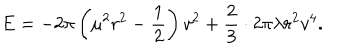
LaTeX: E = - 2 \pi \left( \mu ^ { 2 } r ^ { 2 } - \frac { 1 } { 2 } \right) v ^ { 2 } + \frac { 2 } { 3 } \cdot 2 \pi \lambda r ^ { 2 } v ^ { 4 } .